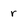
Character: r